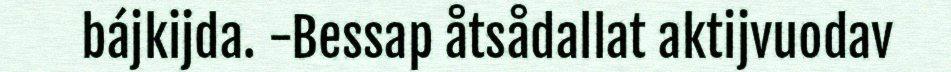
bájkijda. -Bessap åtsådallat aktijvuodav